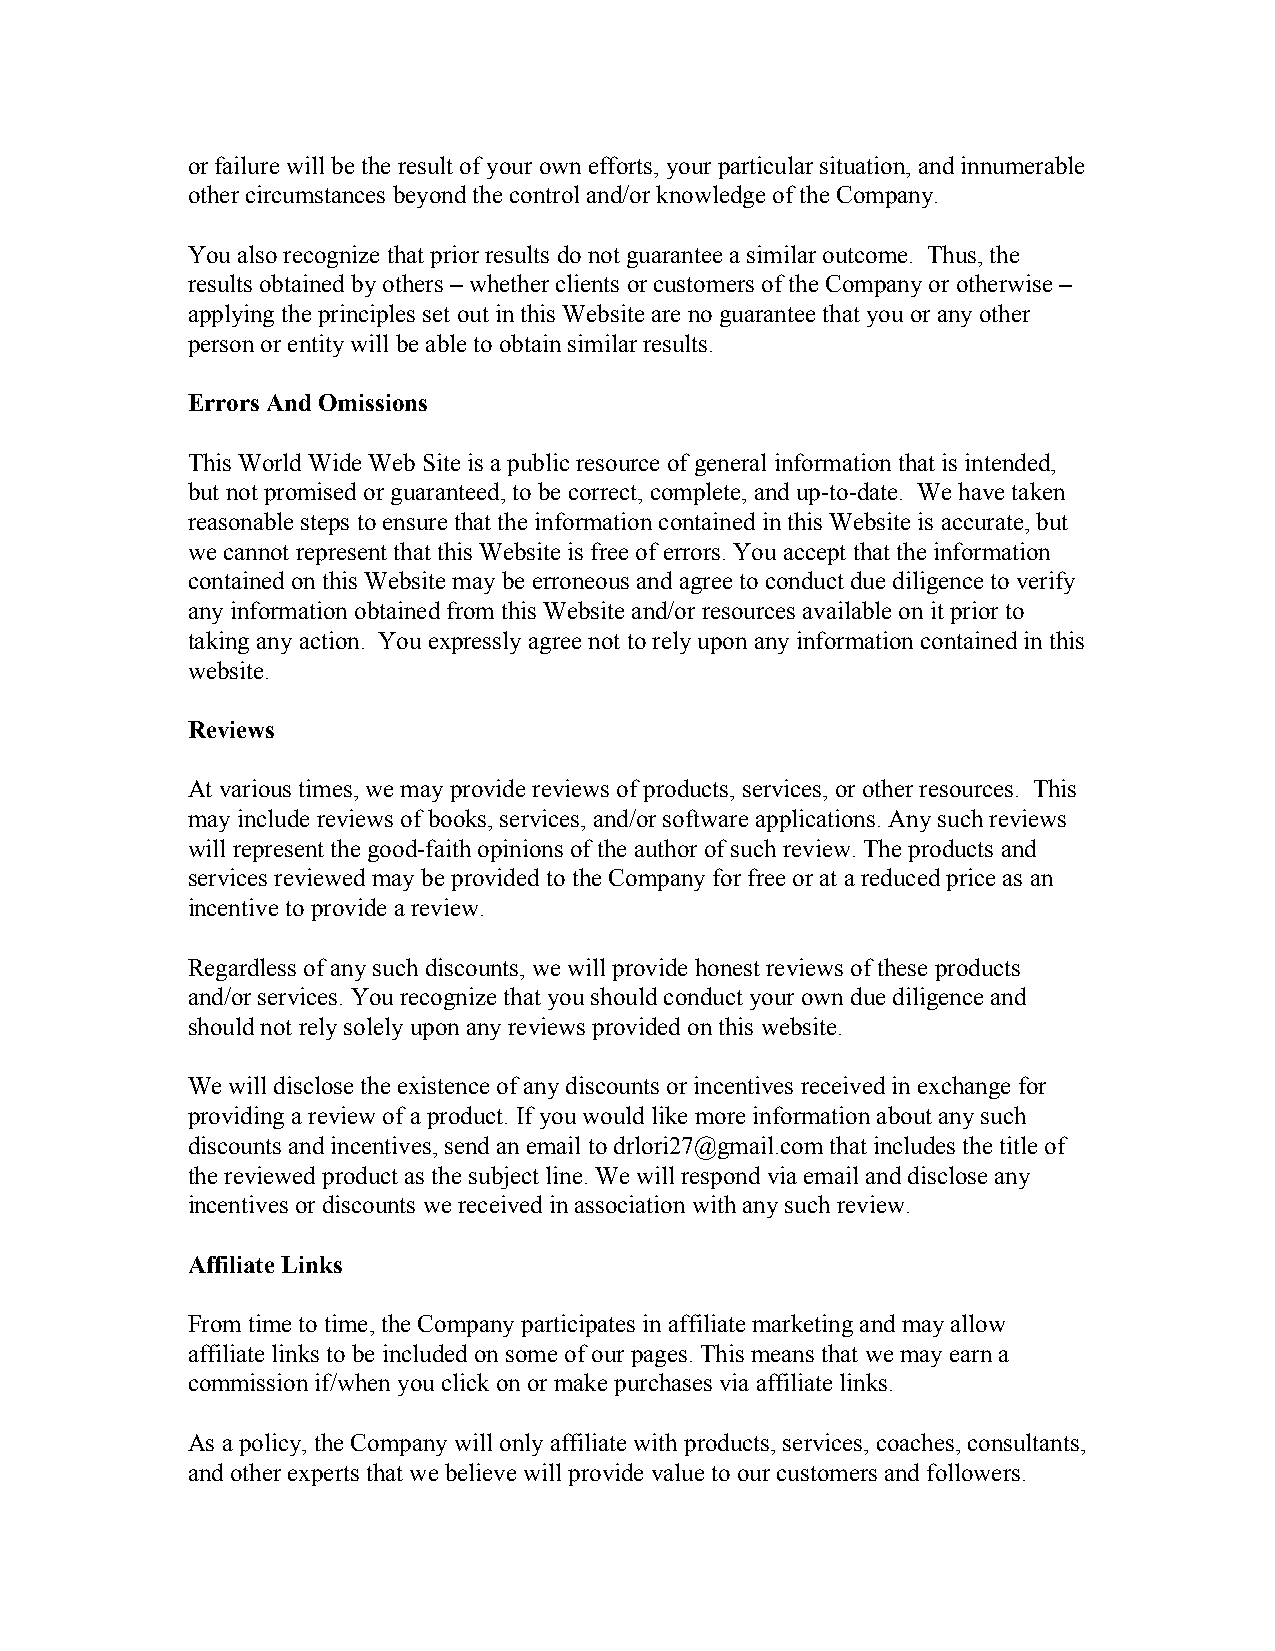
or failure will be the result of your own efforts, your particular situation, and innumerable
 other circumstances beyond the control and/or knowledge of the Company.
 You also recognize that prior results do not guarantee a similar outcome. Thus, the
 results obtained by others – whether clients or customers of the Company or otherwise –
 applying the principles set out in this Website are no guarantee that you or any other
 person or entity will be able to obtain similar results.
 Errors And Omissions
 ​​
 This World Wide Web Site is a public resource of general information that is intended,
 but not promised or guaranteed, to be correct, complete, and up-to-date. We have taken
 reasonable steps to ensure that the information contained in this Website is accurate, but
 we cannot represent that this Website is free of errors. You accept that the information
 contained on this Website may be erroneous and agree to conduct due diligence to verify
 any information obtained from this Website and/or resources available on it prior to
 taking any action. You expressly agree not to rely upon any information contained in this
 website.
 Reviews
 ​
 At various times, we may provide reviews of products, services, or other resources. This
 may include reviews of books, services, and/or software applications. Any such reviews
 will represent the good-faith opinions of the author of such review. The products and
 services reviewed may be provided to the Company for free or at a reduced price as an
 incentive to provide a review.
 Regardless of any such discounts, we will provide honest reviews of these products
 and/or services. You recognize that you should conduct your own due diligence and
 should not rely solely upon any reviews provided on this website.
 We will disclose the existence of any discounts or incentives received in exchange for
 providing a review of a product. If you would like more information about any such
 discounts and incentives, send an email to drlori27@gmail.com that includes the title of
 the reviewed product as the subject line. We will respond via email and disclose any
 incentives or discounts we received in association with any such review.
 Affiliate Links
 From time to time, the Company participates in affiliate marketing and may allow
 affiliate links to be included on some of our pages. This means that we may earn a
 commission if/when you click on or make purchases via affiliate links.
 As a policy, the Company will only affiliate with products, services, coaches, consultants,
 and other experts that we believe will provide value to our customers and followers.